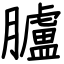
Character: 臚